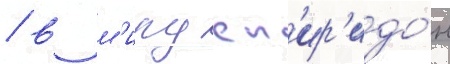
/ в м'иру сп'ир'идо́н